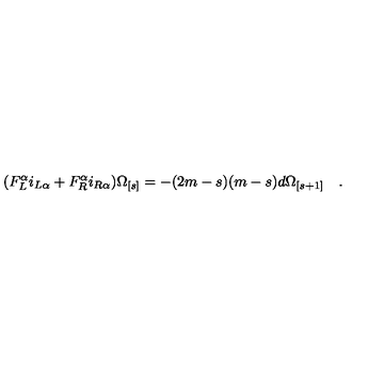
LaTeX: ( F _ { L } ^ { \alpha } i _ { L \alpha } + F _ { R } ^ { \alpha } i _ { R \alpha } ) { \Omega } _ { [ s ] } = - ( 2 m - s ) ( m - s ) d { \Omega } _ { [ s + 1 ] } \quad .